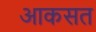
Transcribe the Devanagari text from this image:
आकसत